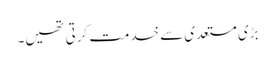
بڑی مستعدی سے خدمت کرتی تھیں۔